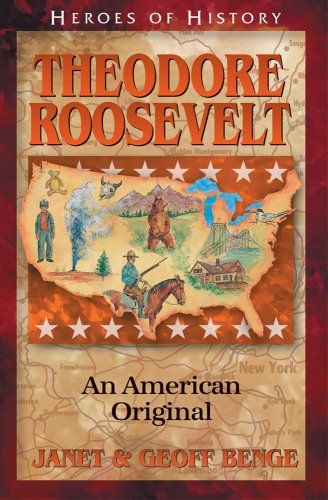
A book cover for Theodore Roosevelt: An American Original (Heroes of History); Janet Benge; Children's Books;